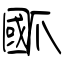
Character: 爴